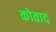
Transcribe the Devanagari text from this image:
कोवाद